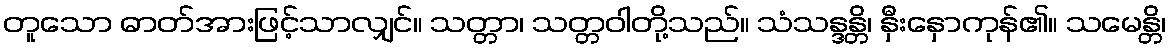
တူသော ဓာတ်အားဖြင့်သာလျှင်။ သတ္တာ၊ သတ္တဝါတို့သည်။ သံသန္ဒန္တိ၊ နှီးနှောကုန်၏။ သမေန္တိ၊